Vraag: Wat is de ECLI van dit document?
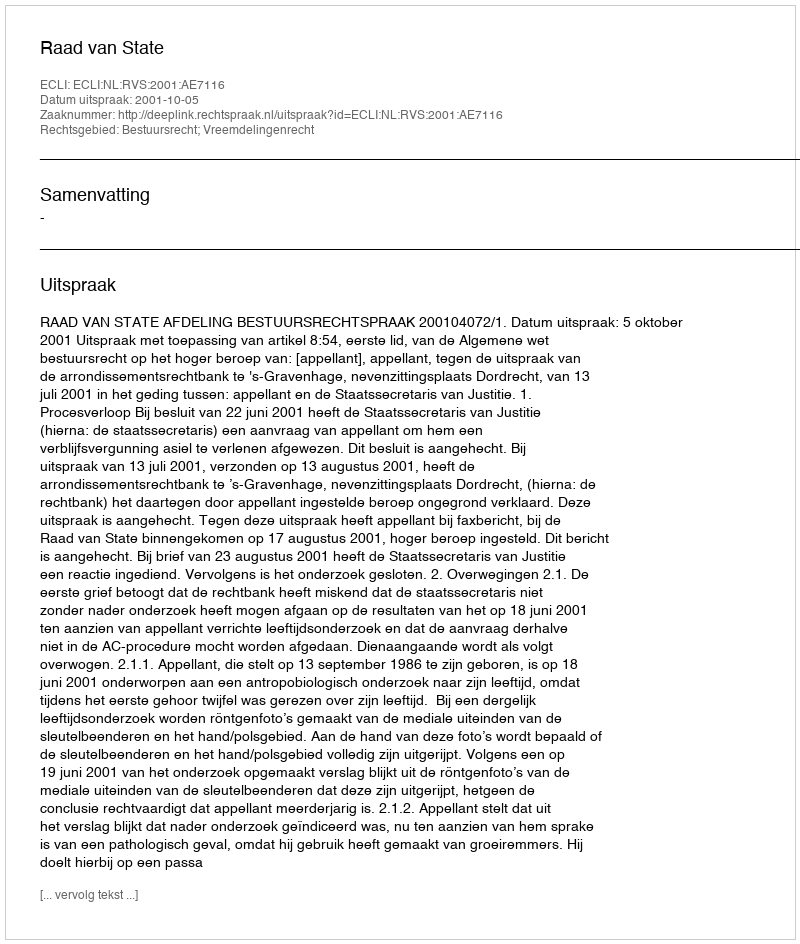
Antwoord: ECLI:NL:RVS:2001:AE7116